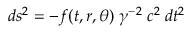
d s ^ { 2 } = - f ( t , r , \theta ) \; \gamma ^ { - 2 } \; c ^ { 2 } \; d t ^ { 2 }